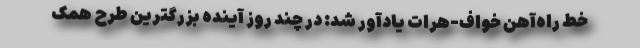
خط راه‌آهن خواف-هرات یادآور شد: در چند روز آینده بزرگترین طرح همک